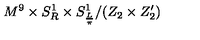
M ^ { 9 } \times S _ { R } ^ { 1 } \times S _ { \frac { L } { \pi } } ^ { 1 } / ( Z _ { 2 } \times Z _ { 2 } ^ { \prime } )